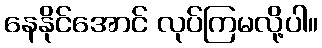
နေနိုင်အောင် လုပ်ကြမလို့ပါ။